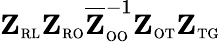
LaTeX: \mathbf{Z}_{\scriptscriptstyle\mathrm{R}\scriptscriptstyle\mathrm{L}}\mathbf{Z}_{\scriptscriptstyle\mathrm{R}\scriptscriptstyle\mathrm{O}}\overline{{\mathbf{Z}}}_{\scriptscriptstyle\mathrm{O}\scriptscriptstyle\mathrm{O}}^{-1}\mathbf{Z}_{\scriptscriptstyle\mathrm{O}\scriptscriptstyle\mathrm{T}}\mathbf{Z}_{\scriptscriptstyle\mathrm{T}\scriptscriptstyle\mathrm{G}}